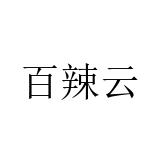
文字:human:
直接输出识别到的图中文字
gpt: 百辣云